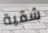
شقية